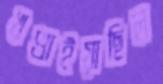
খণ্ডাইয়াছিল